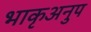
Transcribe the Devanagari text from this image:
भाकृअनुप